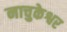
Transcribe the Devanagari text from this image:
नाचुकेश्वर